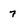
Character: 7